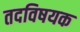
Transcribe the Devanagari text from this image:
तदविषयक